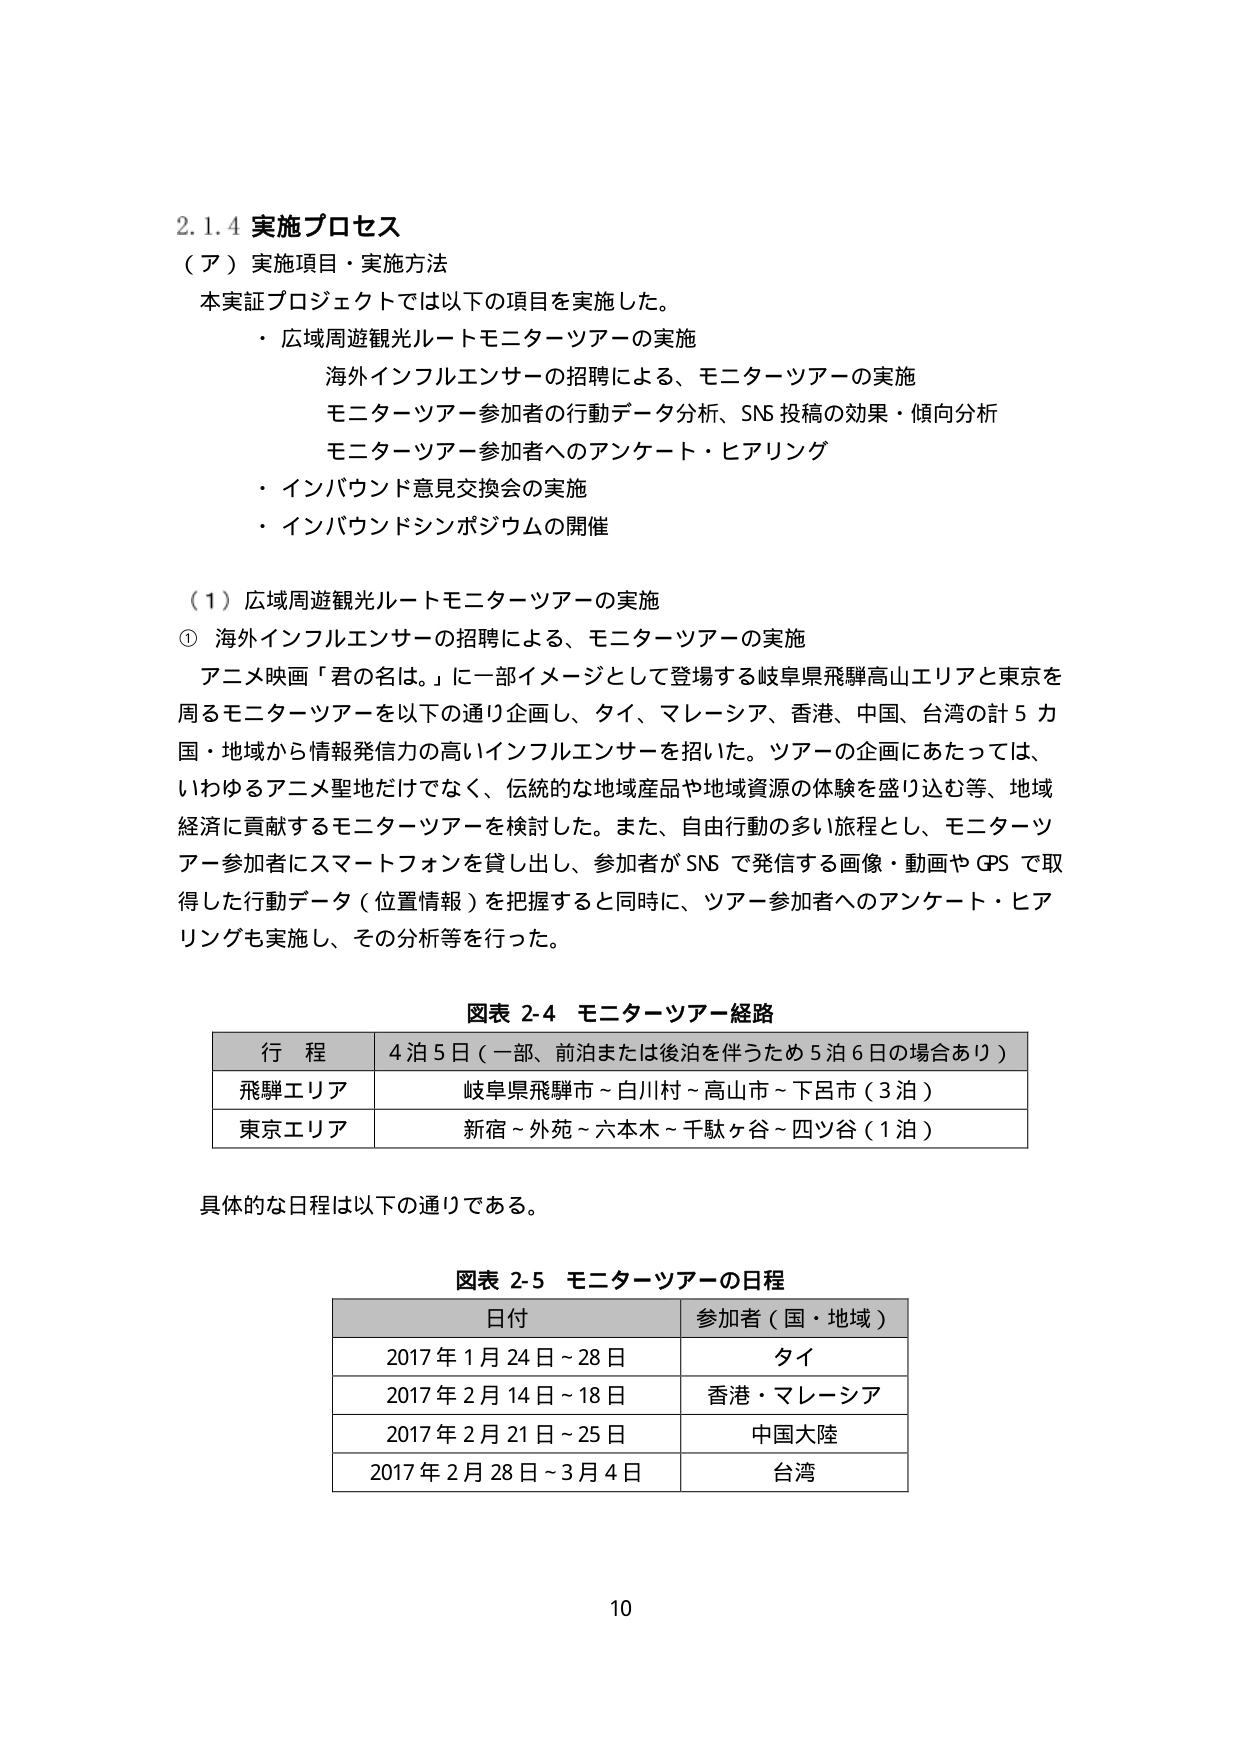
2.1.4 実施プロセス
（ア）実施項目・実施方法
本実証プロジェクトでは以下の項目を実施した。
・広域周遊観光ルートモニターツアーの実施
　海外インフルエンサーの招聘による、モニターツアーの実施
　モニターツアー参加者の行動データ分析、SNS 投稿の効果・傾向分析
　モニターツアー参加者へのアンケート・ヒアリング
・インバウンド意見交換会の実施
・インバウンドシンポジウムの開催

（1）広域周遊観光ルートモニターツアーの実施
① 海外インフルエンサーの招聘による、モニターツアーの実施
　アニメ映画「君の名は。」に一部イメージとして登場する岐阜県飛騨高山エリアと東京を
　周るモニターツアーを以下の通り企画し、タイ、マレーシア、香港、中国、台湾の計 5 カ
　国・地域から情報発信力の高いインフルエンサーを招いた。ツアーの企画にあたっては、
　いわゆるアニメ聖地だけでなく、伝統的な地域産品や地域資源の体験を盛り込む等、地域
　経済に貢献するモニターツアーを検討した。また、自由行動の多い旅程とし、モニターツ
　アー参加者にスマートフォンを貸し出し、参加者が SNS で発信する画像・動画や GPS で取
　得した行動データ（位置情報）を把握すると同時に、ツアー参加者へのアンケート・ヒア
　リングも実施し、その分析等を行った。

図表 2-4 モニターツアー経路
| 行 程 | 4泊5日（一部、前泊または後泊を伴うため5泊6日の場合あり） |
|---|---|
| 飛騨エリア | 岐阜県飛騨市～白川村～高山市～下呂市（3泊） |
| 東京エリア | 新宿～外苑～六本木～千駄ヶ谷～四ツ谷（1泊） |

具体的な日程は以下の通りである。

図表 2-5 モニターツアーの日程
| 日付 | 参加者（国・地域） |
|---|---|
| 2017年1月24日～28日 | タイ |
| 2017年2月14日～18日 | 香港・マレーシア |
| 2017年2月21日～25日 | 中国大陸 |
| 2017年2月28日～3月4日 | 台湾 |

10